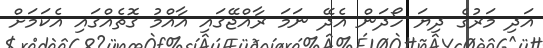
އަދި މަރުގެ ދިޔަ ހޯދަން އެދޭ ނަމަ ރާއްޖޭގައި އާއްމު ގޮތެއްގައި އެކަމަށް